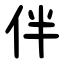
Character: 伴